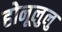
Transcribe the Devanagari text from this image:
होनूलुलु